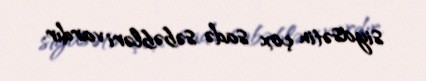
siyasətin çox sadə səbəbləri vardır.